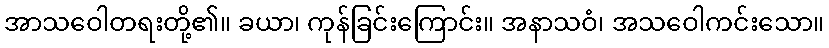
အာသဝေါတရးတို့၏။ ခယာ၊ ကုန်ခြင်းကြောင်း။ အနာသဝံ၊ အသဝေါကင်းသော။